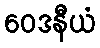
ဝေဒနီယံ